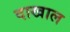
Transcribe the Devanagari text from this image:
दाखाल